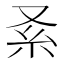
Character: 𠬹